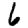
Digit: 6